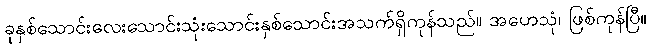
ခုနှစ်သောင်းလေးသောင်းသုံးသောင်းနှစ်သောင်းအသက်ရှိကုန်သည်။ အဟေသုံ၊ ဖြစ်ကုန်ပြီ။